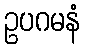
ဥပဂမနံ